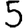
Digit: 5